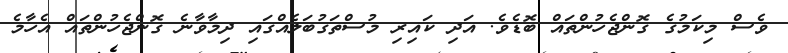
ވެސް މިކަމުގެ ގޮންޖެހުންތައް ބޮޑެވެ. އަދި ކައިރި މުސްތަގުބަލެއްގައި ދިމާވާނެ ގޮންޖެހުންތައް އެހާމެ